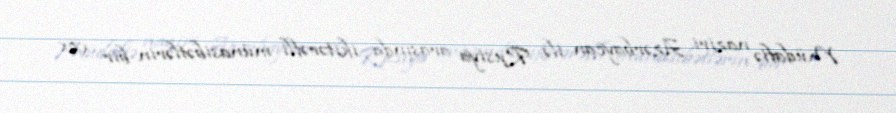
Müdafiə naziri Azərbaycan ilə Rusiya arasında ikitərəfli münasibətlərin bir çox